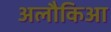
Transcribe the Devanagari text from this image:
अलौकिआ